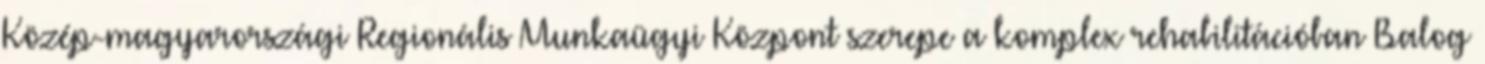
Közép-magyarországi Regionális Munkaügyi Központ szerepe a komplex rehabilitációban Balog